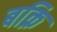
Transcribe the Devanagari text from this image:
बक्रि